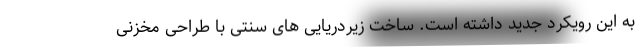
به این رویکرد جدید داشته است. ساخت زیردریایی های سنتی با طراحی مخزنی